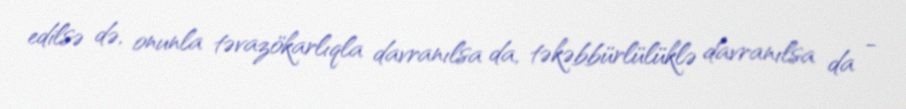
edilsə də, onunla təvazökarlıqla davranılsa da, təkəbbürlülüklə davranılsa da -